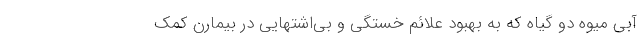
آبی میوه دو گیاه که به بهبود علائم خستگی و بی‌اشتهایی در بیمارن کمک